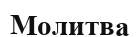
Молитва